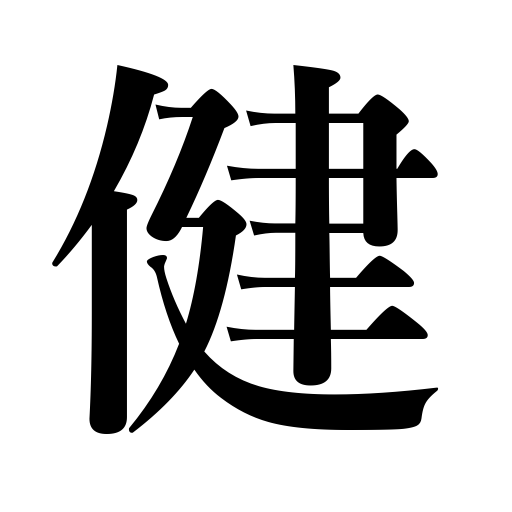
Meanings: strength,health,sound,healthy,stick-to-itiveness,vigorous